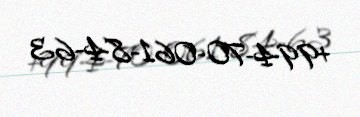
+994-70-061-84-63